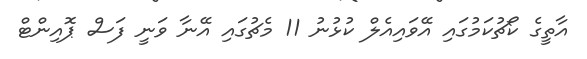
އާތީގެ ކޯޗުކަމުގައި އޭވައިއެލް ކުޅުނު 11 މެޗުގައި އޭނާ ވަނީ ފަސް ޕޮއިންޓް